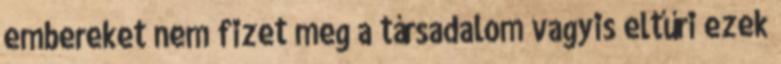
embereket nem fizet meg a társadalom vagyis eltűri ezek